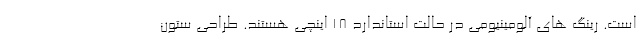
است. رینگ های آلومینیومی در حالت استاندارد 18 اینچی هستند. طراحی ستون